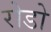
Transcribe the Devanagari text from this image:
रोडो